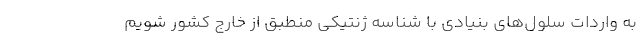
به واردات سلول‌های بنیادی با شناسه ژنتیکی منطبق از خارج کشور شویم